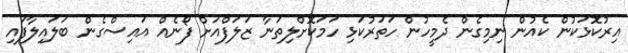
އިރުކޮޅަކުން ކެއުން ނިމިގެން ދެމީހުން ހަތަރުކަޅި ހަމަކޮށްލިތަނާ ޒަލަފްއަށް ފޯނެއް އައިސްގެން ބަލައިލާފައި